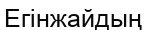
Егінжайдың